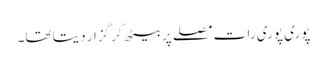
پوری پوری رات مصلے پر بیٹھ کر گزار دیتا تھا۔